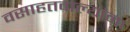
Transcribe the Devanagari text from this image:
वसाहतवाल्यांना